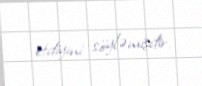
etdiyini söyləmişdir.